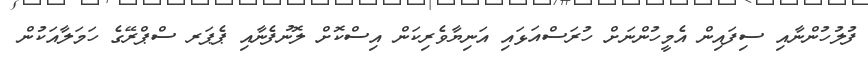
ފުލުހުންނާއި ސިފައިން އެމީހުންނަށް ހުރަސްއަޅައި އަނިޔާވެރިކަން އިސްކޮށް ލޮނުފެނާއި ޕެޕަރ ސްޕްރޭގެ ހަމަލާއަކުން